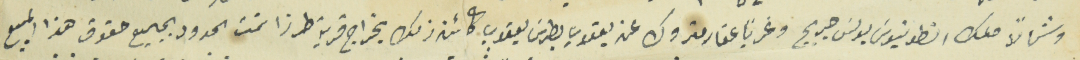
وشمالاً ملك انطونيوسَ بولسَ جريج وغرباً عقار متروك عند يعقوب بطرسَ يعقوب كائن ذلك بخراج قرية طرزا تحت الحدود بجميع حقوق هذا المبيع